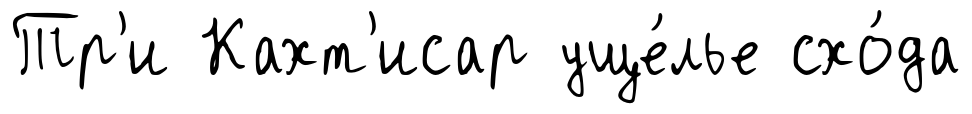
Тр'и Кахт'исар уще́лье схо́да